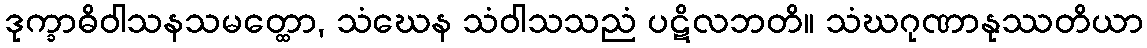
ဒုက္ခာဓိဝါသနသမတ္ထော, သံဃေန သံဝါသသညံ ပဋိလဘတိ။ သံဃဂုဏာနုဿတိယာ